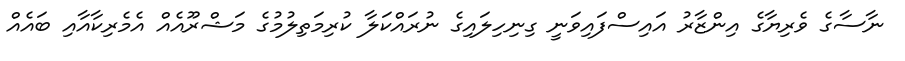
ނާސާގެ ވެރިޔާގެ އިންޒާރު އައިސްފައިވަނީ ގިނިހިލައިގެ ނުރައްކަލާ ކުރިމަތިލުމުގެ މަޝްރޫއެއް އެމެރިކާއާއި ބައެއް